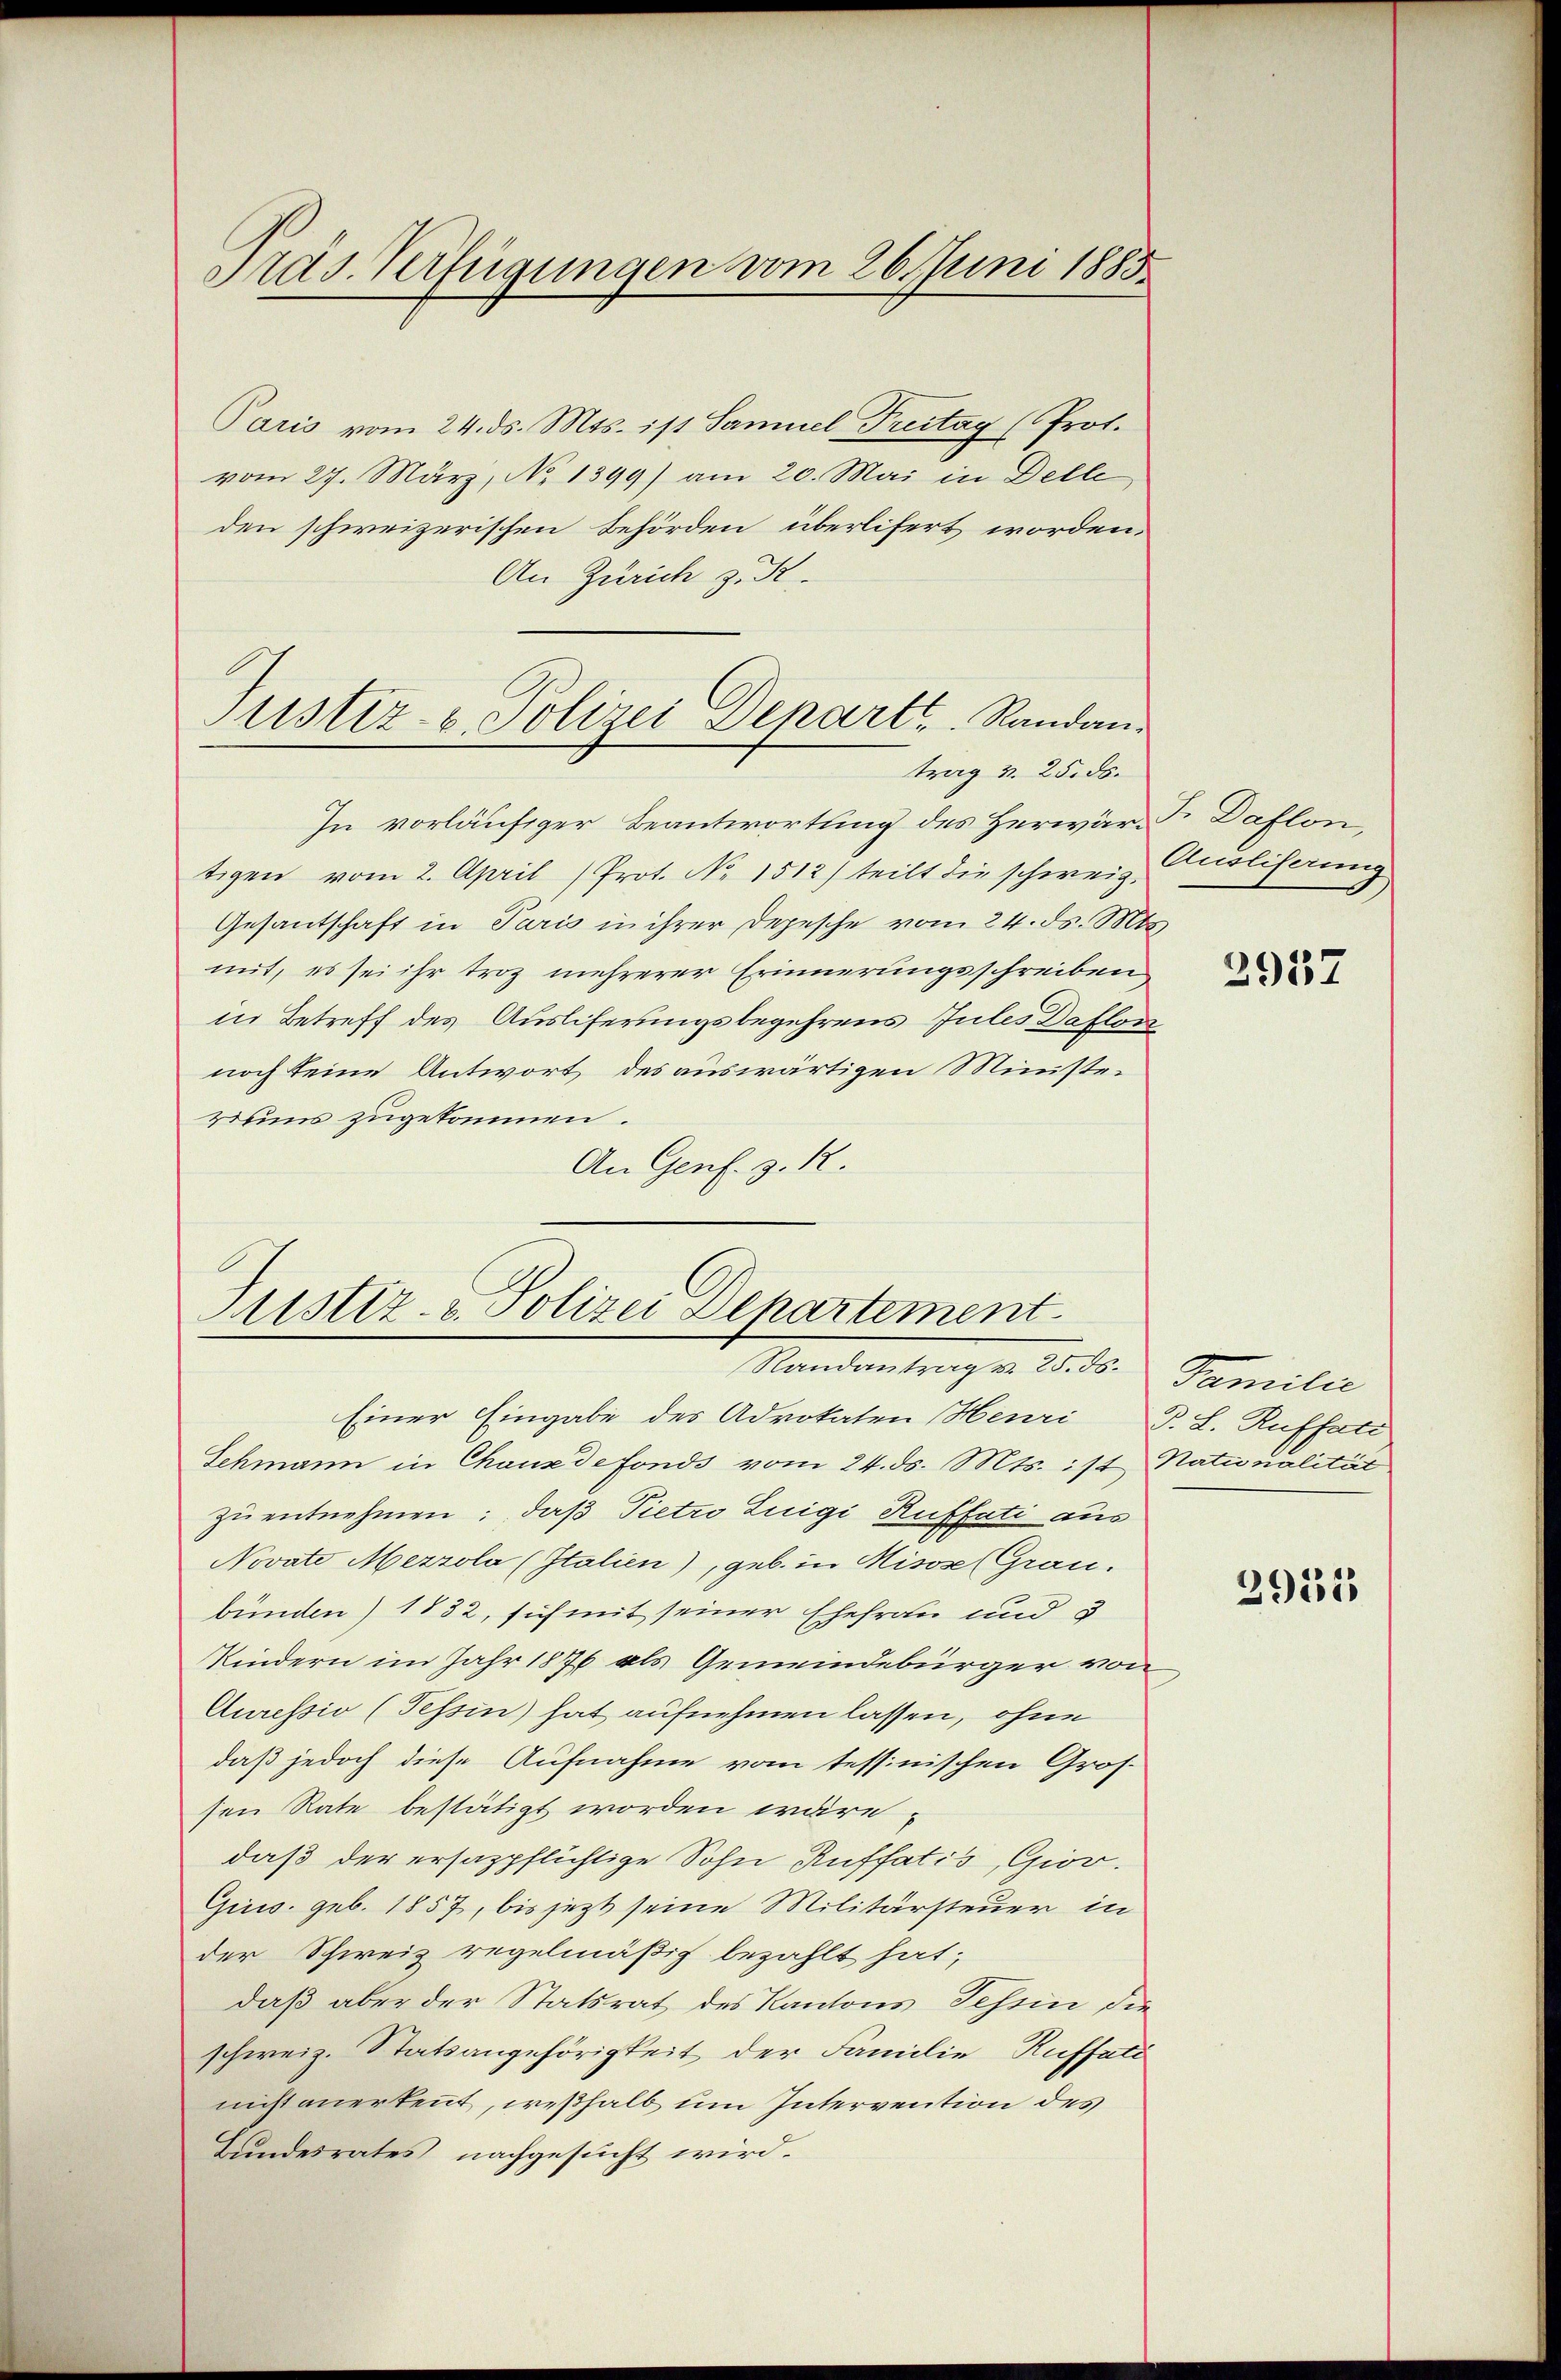
Präs. Verfügungen vom 26. Juni 1885

Paris vom 24. ds. Mts. ist Samuel Treitag (Prot.
vom 27. März, No 1399) am 20. Mai in Delle
den schweizerischen Behörden überlifert worden.
An Zürich z. R.
In vorläufiger Beantwortung des Herwär-T. Daflon,
tigen vom 2. April (Prot. No. 1512) teilt die schweiz. Cisliserung
Gesantschaft in Paris in ihrer Depesche vom 24. ds. Mts.
mit, es sei ihr troz mehrerer Erinnerungsschreiben
in Betreff des Ausliferungsbegehrens Jules Daflon
noch keine Antwort des auswärtigen Ministeruuns zugekommen.
An Genf. z. R.

Justiz- & Polizei Depart. Randantrag v. 25. ds.

Justiz- & Polizei Departement
Randantrag v. 25. ds. Familie

Einer Eingabe des Advokaten Henri P. L. Ruffatt
Schmann in Chauxdefonds vom 24. ds. Mts. ist, Nationalität
zu entnehmen; daß Pietro Luigi Ruffati aus
Novate Mezzola (Italien), geb. in Misose (Grau.
bunden) 1832, sich mit seiner Ehefrau und 3
Kindern im Jahr 1876 als Gemeindebürger von
Auressio (Tessin hat aufnehmen lassen, ohne
daß jedoch diese Aufnahme vom tessinischen Gros-
sen Rate bestätigt worden wäre
daß der ersazpflichtige Sohn Ruffatis, Gior.
Gurs. geb. 1857, bis jezt seine Militärsteuer in
der Schweiz regelmäßig bezahlt hat;
daß aber der Statsrat des Kantons Tessin die
schweiz. Statsangehörigkeit der Familie Ruffati
nicht anerkennt, weßhalb um Intervention des
Bundesrates nachgesucht wird.

2957

2955